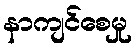
နာကျင်စေမှု